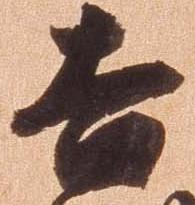
吉